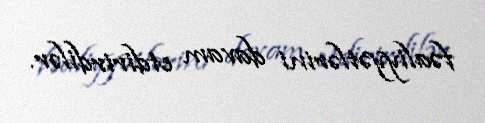
fəaliyyətlərini davam etdirirdilər.